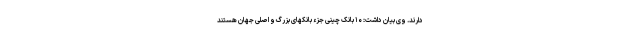
دارند. وی بیان داشت: ۱۰ بانک چینی جزء بانکهای بزرگ و اصلی جهان هستند